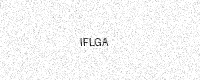
Text: IFLGA